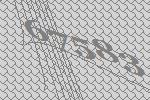
67583